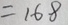
= 1 6 8